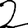
Digit: 2